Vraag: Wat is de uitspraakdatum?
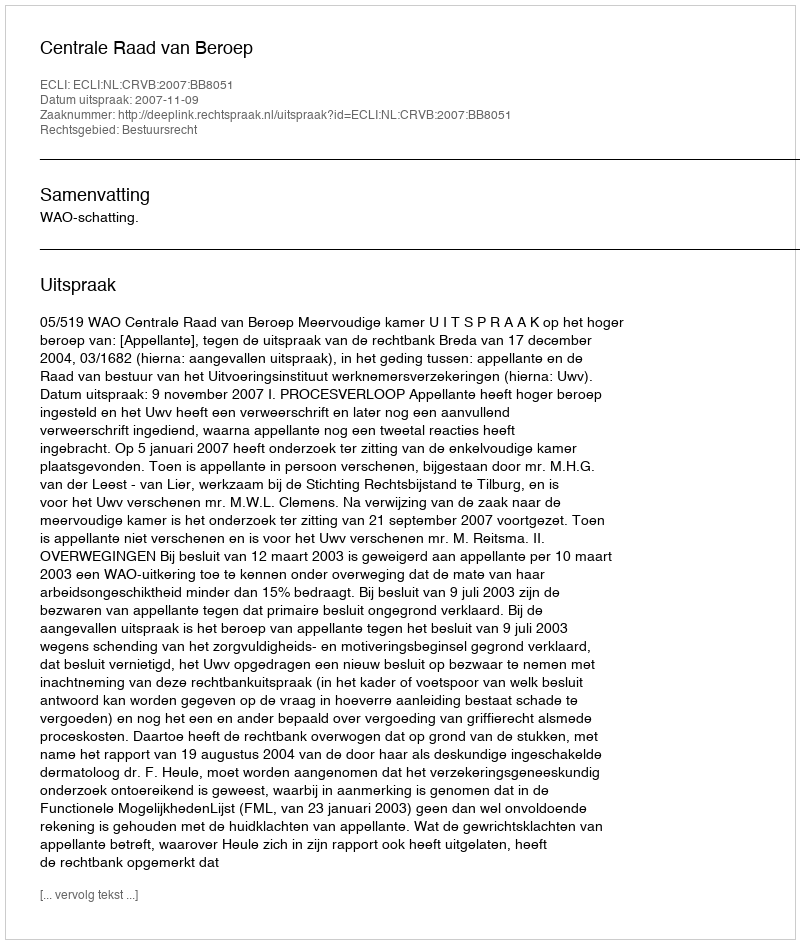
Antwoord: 2007-11-09